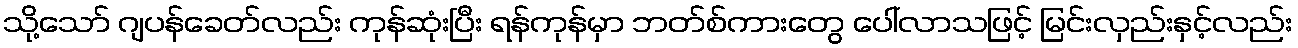
သို့သော် ဂျပန်ခေတ်လည်း ကုန်ဆုံးပြီး ရန်ကုန်မှာ ဘတ်စ်ကားတွေ ပေါ်လာသဖြင့် မြင်းလှည်းနှင့်လည်း